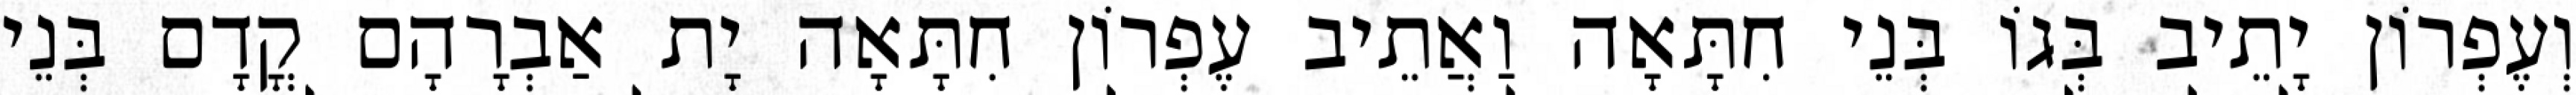
וְעֶפְרוֹן יָתֵיב בְּגוֹ בְּנֵי חִתָּאָה וַאֲתֵיב עֶפְרוֹן חִתָּאָה יָת אַבְרָהָם קֳדָם בְּנֵי